Scottish Leaving Certificate Examination, 1958
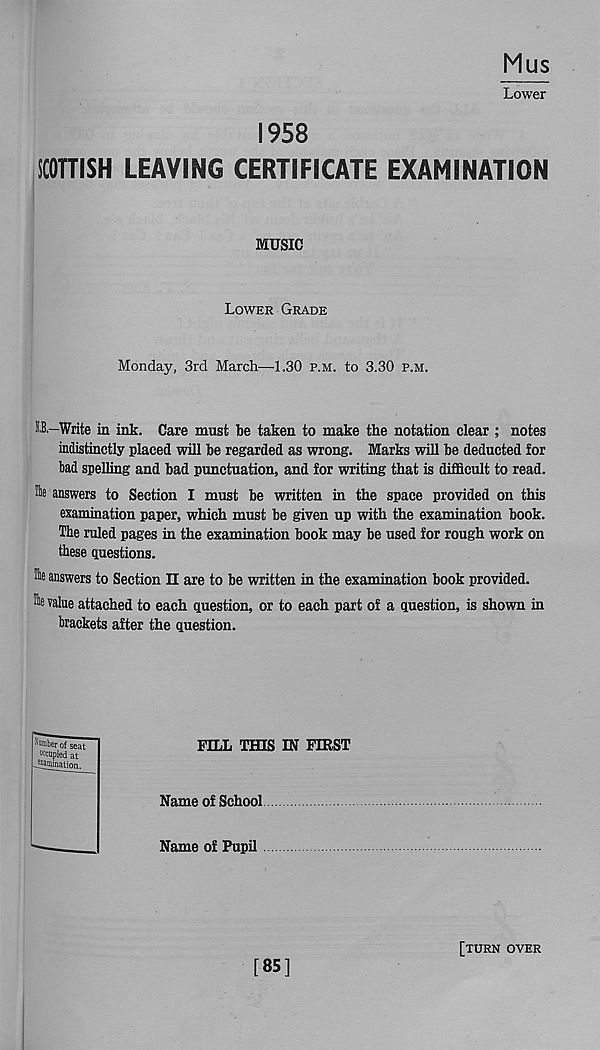
Mus
Lower
1958
SCOTTISH LEAVING CERTIFICATE EXAMINATION
MUSIC
Lower Grade
Monday, 3rd March—1.30 p.m. to 3.30 p.m.
IB,—Write in ink. Care must be taken to make the notation clear ; notes
indistinctly placed will be regarded as wrong. Marks will be deducted for
bad spelling and bad punctuation, and for writing that is difficult to read.
fte answers to Section I must be written in the space provided on this
examination paper, which must be given up with the examination book.
The ruled pages in the examination book may be used for rough work on
these questions.
fc answers to Section II are to be written in the examination book provided.
^ ralue attached to each question, or to each part of a question, is shown in
brackets after the question.
FILL THIS IN FIRST
Name of School
Name of Pupil
[85]
[turn over